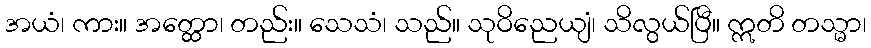
အယံ၊ ကား။ အတ္ထော၊ တည်း။ သေသံ၊ သည်။ သုဝိညေယျံ၊ သိလွယ်ပြီ။ ဣတိ တသ္မာ၊